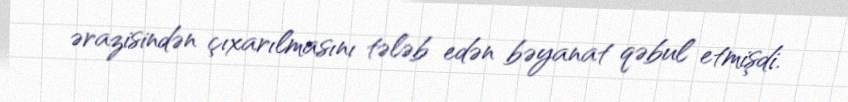
ərazisindən çıxarılmasını tələb edən bəyanat qəbul etmişdi.